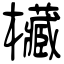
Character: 欌